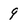
Character: 9